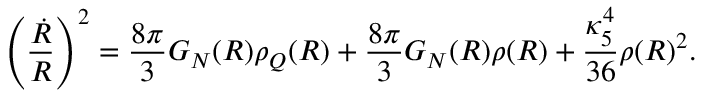
\left( { \frac { \dot { R } } { R } } \right) ^ { 2 } = { \frac { 8 \pi } { 3 } } G _ { N } ( R ) \rho _ { Q } ( R ) + { \frac { 8 \pi } { 3 } } G _ { N } ( R ) \rho ( R ) + { \frac { \kappa _ { 5 } ^ { 4 } } { 3 6 } } \rho ( R ) ^ { 2 } .